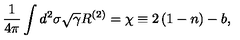
\frac { 1 } { 4 \pi } \int d ^ { 2 } \sigma \sqrt { \gamma } R ^ { ( 2 ) } = \chi \equiv 2 \left( 1 - n \right) - b ,